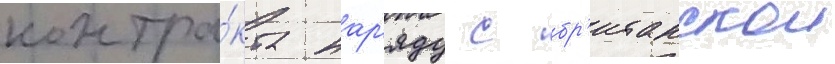
контра́кта нар'яду с бр'итанскои